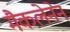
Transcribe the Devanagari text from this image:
मैकलेनेन